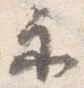
示